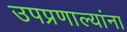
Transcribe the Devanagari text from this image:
उपप्रणाल्यांना